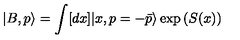
| B , p \rangle = \int [ d x ] | x , p = - \bar { p } \rangle \exp { \left( S ( x ) \right) }